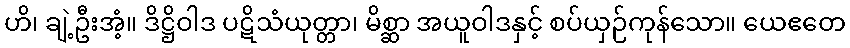
ဟိ၊ ချဲ့ဦးအံ့။ ဒိဋ္ဌိဝါဒ ပဋိသံယုတ္တာ၊ မိစ္ဆာ အယူဝါဒနှင့် စပ်ယှဉ်ကုန်သော။ ယေဧတေ